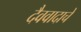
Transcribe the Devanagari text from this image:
दैववादाचे